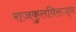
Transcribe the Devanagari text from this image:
राजकुलविरूद्ध